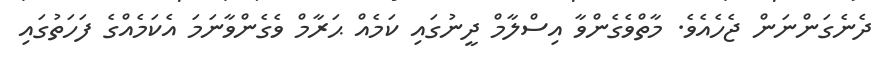
ދެނެގަންނަން ޖެހެއެވެ. މާތްވެގެންވާ އިސްލާމް ދީނުގައި ކަމެއް ޙަރާމް ވެގެންވާނަމަ އެކަމެއްގެ ފަހަތުގައި